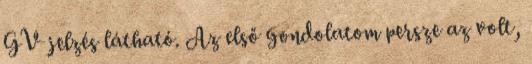
GV jelzés látható. Az első gondolatom persze az volt,